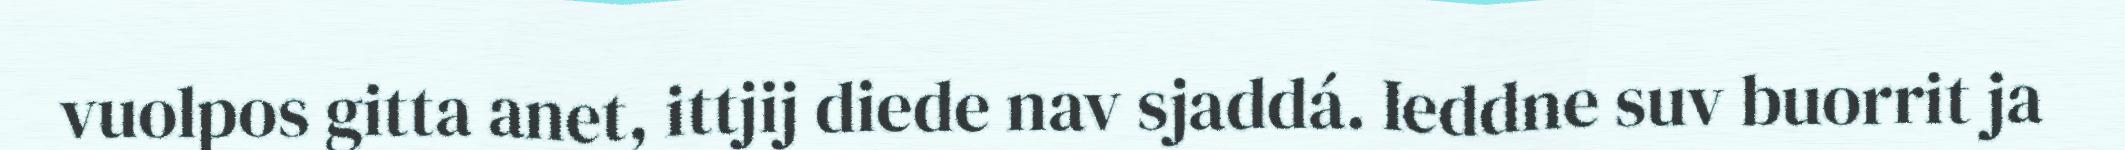
vuolpos gitta anet, ittjij diede nav sjaddá. Ieddne suv buorrit ja